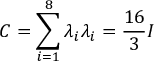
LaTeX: C = \sum _ { i = 1 } ^ { 8 } \lambda _ { i } \lambda _ { i } = { \frac { 1 6 } { 3 } } I